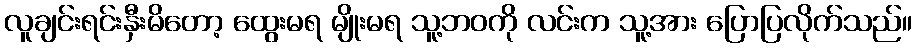
လူချင်းရင်းနှီးမိတော့ ထွေးမရ မျိုးမရ သူ့ဘဝကို လင်းက သူ့အား ပြောပြလိုက်သည်။